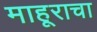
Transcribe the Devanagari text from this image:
माहूराचा